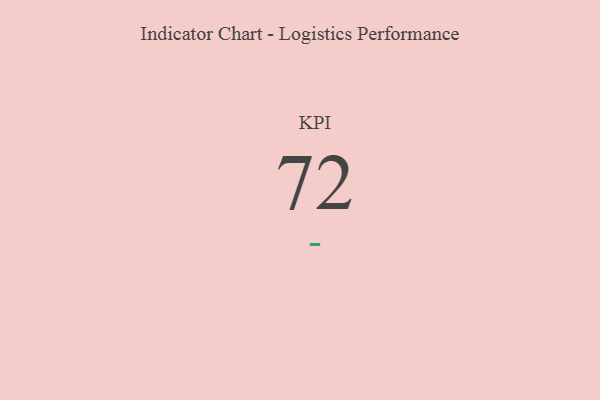
{"axis": {"x": "KPI", "y": "Value"}, "legend": [""], "data": [{"x": "KPI", "y": 72, "type": ""}]}